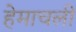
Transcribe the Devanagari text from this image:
हेमाचलीं